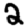
Digit: 2